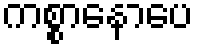
ကစ္စာနောပေ